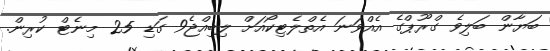
ބަޔާން ބަލިވެ ގްރޫޕްގެ އެއްވަނަ އެތްލެޓިކޯއަށް ލިބިއްޖެ9 ގަޑި 25 މިނެޓް ކުރިން.